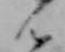
ん